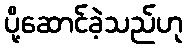
ပို့ဆောင်ခဲ့သည်ဟု